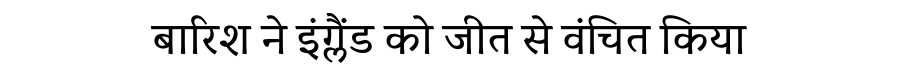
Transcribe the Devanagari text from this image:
बारिश ने इंग्लैंड को जीत से वंचित किया